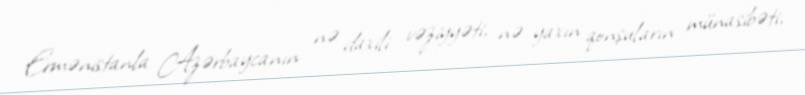
Ermənistanla Azərbaycanın nə daxili vəziyyəti, nə yaxın qonşuların münasibəti,